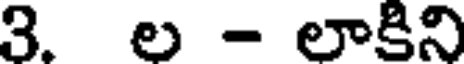
3. ల - లాకిని